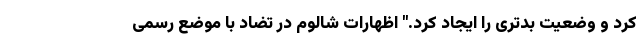
کرد و وضعیت بدتری را ایجاد کرد." اظهارات شالوم در تضاد با موضع رسمی